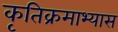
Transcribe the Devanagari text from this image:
कृतिक्रमाभ्यास